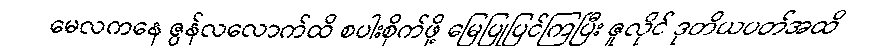
မေလကနေ ဇွန်လလောက်ထိ စပါးစိုက်ဖို့ မြေပြုပြင်ကြပြီး ဇူလိုင် ဒုတိယပတ်အထိ